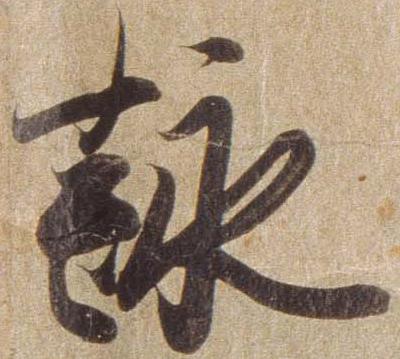
詠